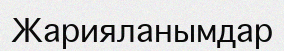
Жарияланымдар